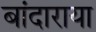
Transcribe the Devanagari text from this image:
बांदाराया